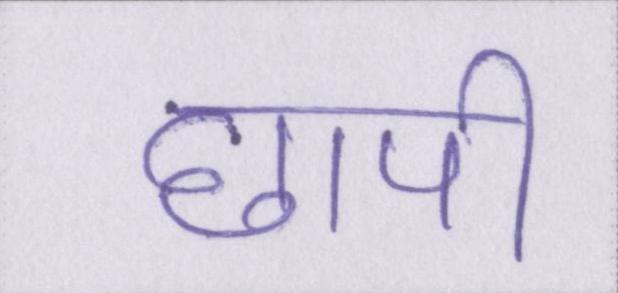
छापी